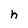
Character: h